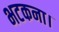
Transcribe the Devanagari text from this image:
भटकना।